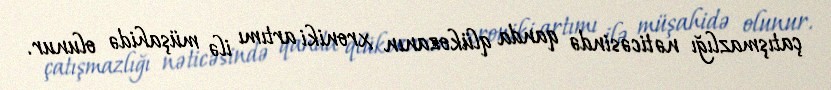
çatışmazlığı nəticəsində qanda qlükozanın xroniki artımı ilə müşahidə olunur.